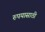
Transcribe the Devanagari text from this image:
रुपयासाठी